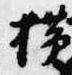
横